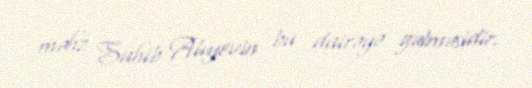
məhz Sahib Alıyevin bu dairəyə gəlməsidir.